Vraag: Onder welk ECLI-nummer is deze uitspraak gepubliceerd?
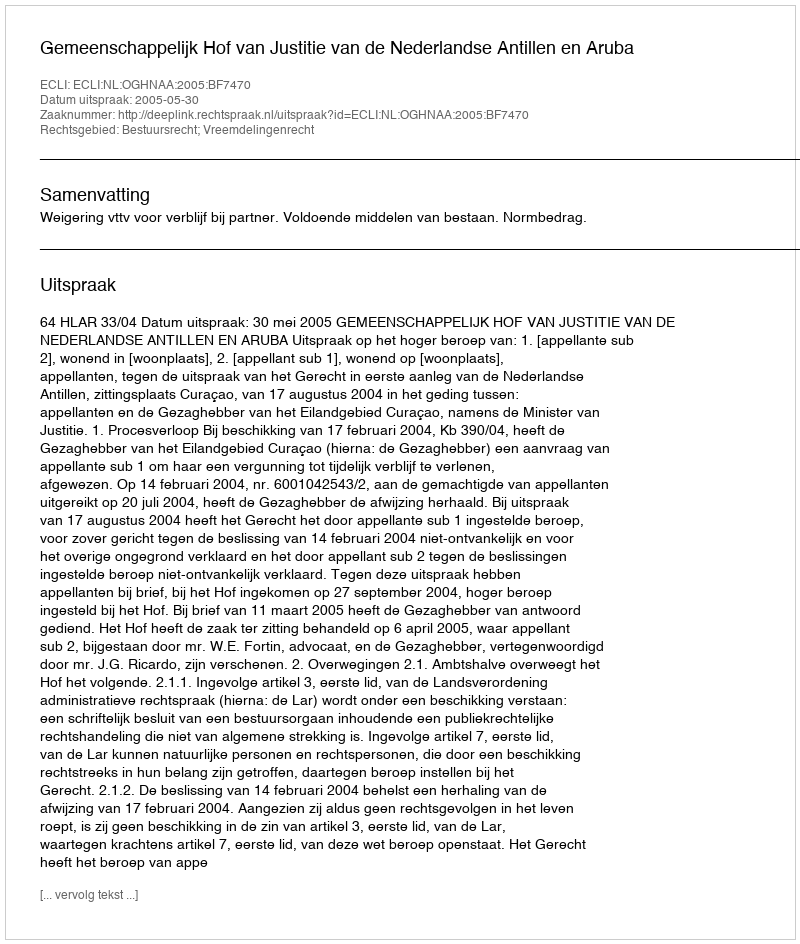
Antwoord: ECLI:NL:OGHNAA:2005:BF7470